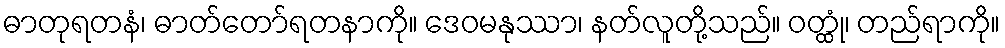
ဓာတုရတနံ၊ ဓာတ်တော်ရတနာကို။ ဒေဝမနုဿာ၊ နတ်လူတို့သည်။ ဝတ္ထုံ၊ တည်ရာကို။